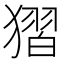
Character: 𰡥